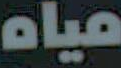
مياه